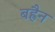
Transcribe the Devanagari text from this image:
बह्रैन